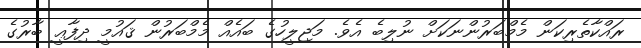
ރައްކާތެރިކަން މެމްބަރުންނަކަށް ނުލިބެ އެވެ. މަޖިލީހުގެ ބައެއް މެމްބަރުން ޤައުމީ ދިފާޢީ ބާރުގެ